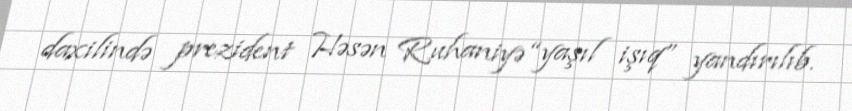
daxilində prezident Həsən Ruhaniyə “yaşıl işıq” yandırılıb.